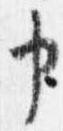
申